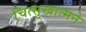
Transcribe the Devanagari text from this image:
चित्सुखात्मने